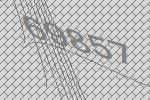
69857